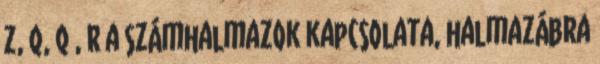
Z, Q, Q , R a számhalmazok kapcsolata, halmazábra